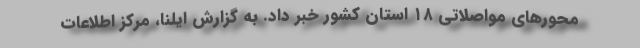
محورهای مواصلاتی ۱۸ استان کشور خبر داد. به گزارش ایلنا، مرکز اطلاعات